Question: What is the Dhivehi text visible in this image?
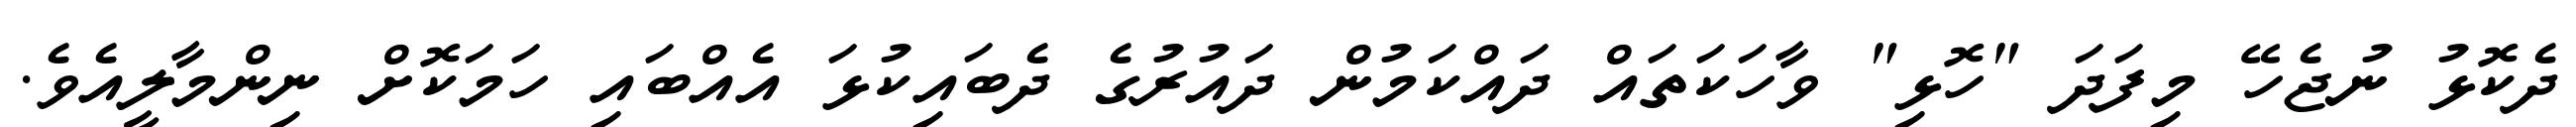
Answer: ދެކޮޅު ނުޖެހޭ މިފަދަ "ހޮޅި" ވާހަކަތައް ދައްކަމުން ދައުރުގެ ދެބައިކުޅަ އެއްބައި ހަމަކޮށް ނިންމާލީއެވެ.